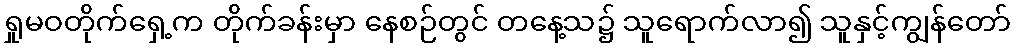
ရှုမဝတိုက်ရှေ့က တိုက်ခန်းမှာ နေစဉ်တွင် တနေ့သ၌ သူရောက်လာ၍ သူနှင့်ကျွန်တော်